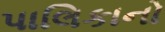
પાલિકાનો